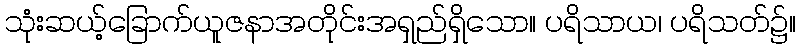
သုံးဆယ့်ခြောက်ယူဇနာအတိုင်းအရှည်ရှိသော။ ပရိသာယ၊ ပရိသတ်၌။